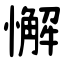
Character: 懈